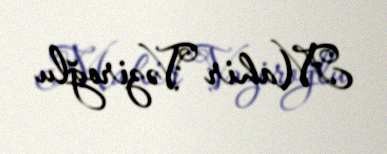
Mahir Vəziroğlu